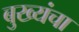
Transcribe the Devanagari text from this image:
बुख्यंचा